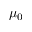
\mu _ { 0 }